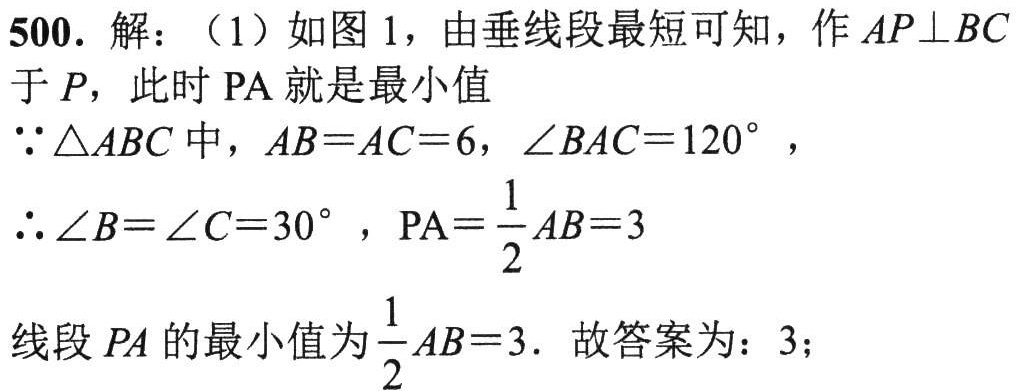
500. 解：（1）如图 1，由垂线段最短可知，作 \(AP\perp BC\) 于 \(P\)，此时 \(PA\) 就是最小值
\(\because\triangle ABC\) 中，\(AB = AC = 6\)，\(\angle BAC = 120^{\circ}\)，
\(\therefore\angle B=\angle C = 30^{\circ}\)，\(PA=\frac{1}{2}AB = 3\)
线段 \(PA\) 的最小值为 \(\frac{1}{2}AB = 3\). 故答案为：3；